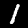
Label: 1